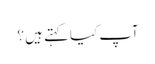
آپ کیا کہتے ہیں ؟